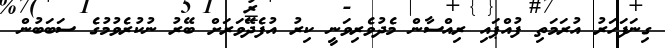
ގިނަފަހަރު އުރަމަތި ފުއްޕައި ރިއްސާން މެދުވެރިވަނީ ކިރު އުފެދޭވަރަށް ބޭރު ނުކުރެވުމުގެ ސަބަބުން